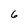
Character: 6